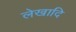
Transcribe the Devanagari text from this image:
लेखादि